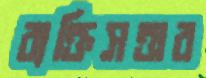
ব্যক্তিসত্তার